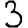
Digit: 3